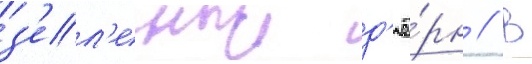
з'ел'еныи д'ё́рн // В